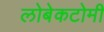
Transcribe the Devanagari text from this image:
लोबेकटोमी